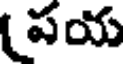
పయ